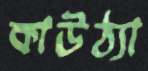
কাউঠ্যা